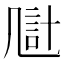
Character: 𪞴